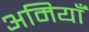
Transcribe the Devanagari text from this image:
अमियाँ